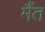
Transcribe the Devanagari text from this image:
मैंत